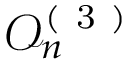
\mathcal { O } _ { n } ^ { ( \mathrm { ~ 3 ~ } ) }